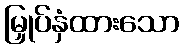
မြှုပ်နှံထားသော